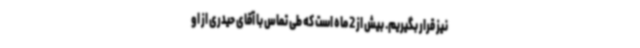
نیز قرار بگیریم. بیش از 2 ماه است که طی تماس با آقای حیدری از او